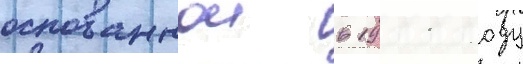
основаннои в 1911 году